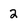
Character: 2